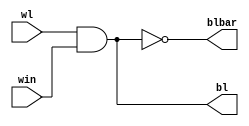
module idata_writer_cktsd(bl,blbar,wl,win);
  input wl,win;
  output reg bl,blbar;
  always @(wl,win) begin
    bl = wl & win;
    blbar = !bl;
  end
endmodule